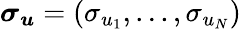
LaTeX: \boldsymbol{\sigma_{u}}=(\sigma_{u_{1}},...,\sigma_{u_{N}})